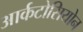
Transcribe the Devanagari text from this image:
आर्कटोसियोन